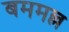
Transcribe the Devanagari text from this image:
बममल्ल